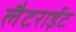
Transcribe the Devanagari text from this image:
लैटराईट